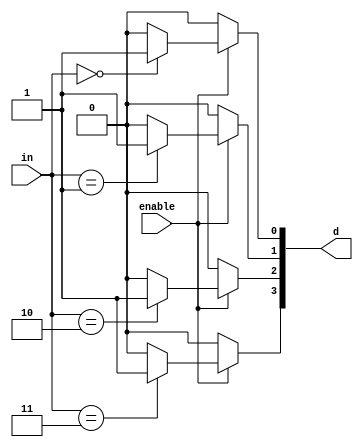
`timescale 1ns / 1ps
//////////////////////////////////////////////////////////////////////////////////
// Company: University of Kentucky
// 
// Design Name: 
// Module Name:    dec_para_enable 
// Project Name: 
// Target Devices: 
// Tool versions: 
// Description: 
//
// Dependencies: 
//
// Revision: 
// Revision 0.01 - File Created
// Additional Comments: 
//
//////////////////////////////////////////////////////////////////////////////////
module decParamEnable(in, enable, d);
	parameter n = 2;
	input [(n-1):0] in;
	input enable;
	output reg [((2**n)-1):0] d;
	integer i;
	
	always @ (in or enable)
	begin
		if(enable == 1'b0)
			for(i=0; i<2**n; i=i+1)
			begin
				d[i]=1'b0;
			end
		else
			for(i=0; i<2**n; i=i+1)
			begin
				if(in==i)
					d[i]=1;
				else
					d[i]=0;
			end
	end
endmodule